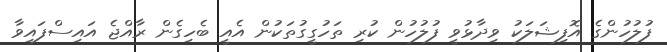
ފުލުހުންގެ އޮފިޝަލަކު ވިދާޅުވީ ފުލުހުން ކުރި ތަހުގީގުތަކުން އެއީ ބެހިގެން ރާއްޖެ އައިސްފައިވާ